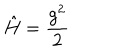
LaTeX: \hat { H } = \frac { g ^ { 2 } } { 2 }